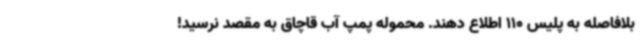
بلافاصله به پلیس 110 اطلاع دهند. محموله پمپ آب قاچاق به مقصد نرسید!